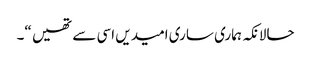
حالانکہ ہماری ساری امیدیں اسی سے تھیں “۔